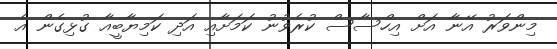
މިންވަރު އޭނާ އަށް އިހްސާސް ކުރެވުނު ކަމަށާއި އަދި ކަމިޔާބީއާ ގުޅިގެން އެ